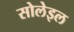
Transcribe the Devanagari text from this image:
सोलेइल